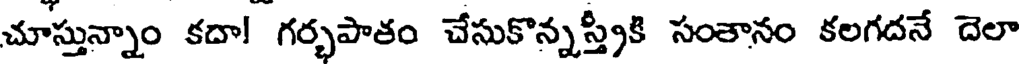
చూస్తున్నాం కదా! గర్భపాతం చేసుకొన్నస్త్రీకి సంతానం కలగదనే దెలా